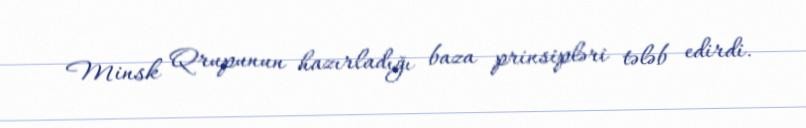
Minsk Qrupunun hazırladığı baza prinsipləri tələb edirdi.